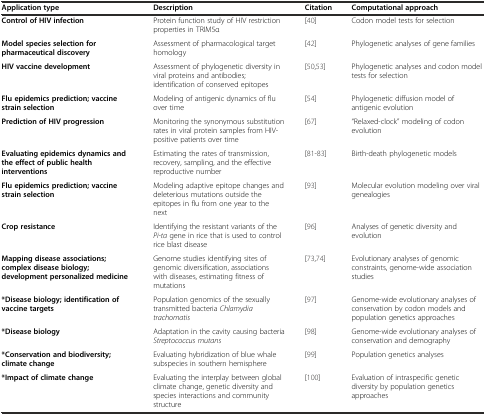
| Application type | Description | Citation | Computational approach |
 | --- | --- | --- | --- |
 | Control of HIV infection | Protein function study of HIV restriction properties in TRIM5α | [40] | Codon model tests for selection |
 | Model species selection for pharmaceutical discovery | Assessment of pharmacological target homology | [42] | Phylogenetic analyses of gene families |
 | HIV vaccine development | Assessment of phylogenetic diversity in viral proteins and antibodies; identification of conserved epitopes | [50,53] | Phylogenetic analyses and codon model tests for selection |
 | Flu epidemics prediction; vaccine strain selection | Modeling of antigenic dynamics of flu over time | [54] | Phylogenetic diffusion model of antigenic evolution |
 | Prediction of HIV progression | Monitoring the synonymous substitution rates in viral protein samples from HIV-positive patients over time | [67] | “Relaxed-clock” modeling of codon evolution |
 | Evaluating epidemics dynamics and the effect of public health interventions | Estimating the rates of transmission, recovery, sampling, and the effective reproductive number | [81-83] | Birth-death phylogenetic models |
 | Flu epidemics prediction; vaccine strain selection | Modeling adaptive epitope changes and deleterious mutations outside the epitopes in flu from one year to the next | [93] | Molecular evolution modeling over viral genealogies |
 | Crop resistance | Identifying the resistant variants of the Pi-ta gene in rice that is used to control rice blast disease | [96] | Analyses of genetic diversity and evolution |
 | Mapping disease associations; complex disease biology; development personalized medicine | Genome studies identifying sites of genomic diversification, associations with diseases, estimating fitness of mutations | [73,74] | Evolutionary analyses of genomic constraints, genome-wide association studies |
 | *Disease biology; identification of vaccine targets | Population genomics of the sexually transmitted bacteria Chlamydia trachomatis | [97] | Genome-wide evolutionary analyses of conservation by codon models and population genetics approaches |
 | *Disease biology | Adaptation in the cavity causing bacteria Streptococcus mutans | [98] | Genome-wide evolutionary analyses of conservation and demography |
 | *Conservation and biodiversity; climate change | Evaluating hybridization of blue whale subspecies in southern hemisphere | [99] | Population genetics analyses |
 | *Impact of climate change | Evaluating the interplay between global climate change, genetic diversity and species interactions and community structure | [100] | Evaluation of intraspecific genetic diversity by population genetics approaches |